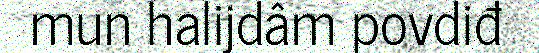
mun halijdâm povdiđ